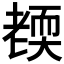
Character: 𦓜